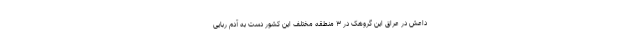
داعش در عراق این گروهک در ۳ منطقه مختلف این کشور دست به آدم ربایی